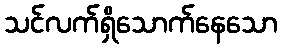
သင်လက်ရှိသောက်နေသော